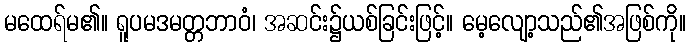
မထေရ်မ၏။ ရူပမဒမတ္တဘာဝံ၊ အဆင်း၌ယစ်ခြင်းဖြင့်။ မေ့လျော့သည်၏အဖြစ်ကို။